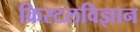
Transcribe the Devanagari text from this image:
क्रिस्टलविज्ञान